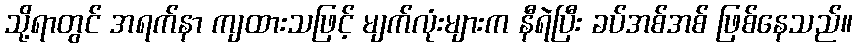
သို့ရာတွင် အရက်နာ ကျထားသဖြင့် မျက်လုံးများက နီရဲပြီး ခပ်အစ်အစ် ဖြစ်နေသည်။